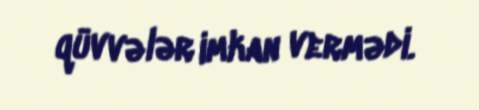
qüvvələr imkan vermədi.